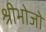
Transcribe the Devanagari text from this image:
श्रीभोजो